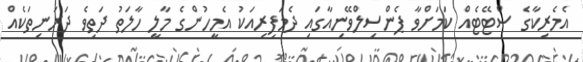
އެމެރިކާގެ ސްޓޭޓެއް ކަމަށްވާ ޕެންސިލްވޭނިއާގައި ދެމަފިރިއަކު އެމީހުންގެ މާލީ ހާލަތު ދަތިވެ ދަރަނިތަކެއް